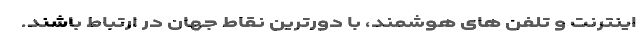
اینترنت و تلفن های هوشمند‌، با دورترین نقاط جهان در ارتباط باشند.